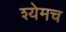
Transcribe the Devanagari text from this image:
श्येमच